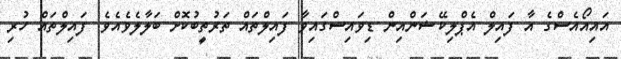
އައިއޯއެސްގެ އާ ފައިލް އެޕްލިކޭޝަންއިން ޑިވައިސްގައިވާ ފައިލްތައް ތަރުތީބުކޮށް ބަލާލެވެއެވެ. ފައިލްތައް ހުރި